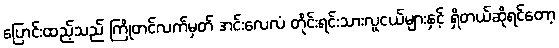
ပြောင်းထည့်သည် ကြိုတင်လက်မှတ် အင်းလေလံ တိုင်းရင်းသားလူငယ်များနှင့် ရှိတယ်ဆိုရင်တော့